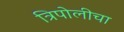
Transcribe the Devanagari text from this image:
त्रिपोलीचा